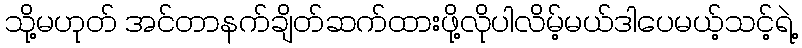
သို့မဟုတ် အင်တာနက်ချိတ်ဆက်ထားဖို့လိုပါလိမ့်မယ်ဒါပေမယ့်သင့်ရဲ့